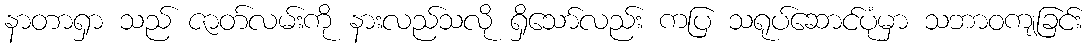
နာတာရှာ သည် ဇာတ်လမ်းကို နားလည်သလို ရှိသော်လည်း ကပြ သရုပ်ဆောင်ပုံမှာ သဘာဝကျခြင်း